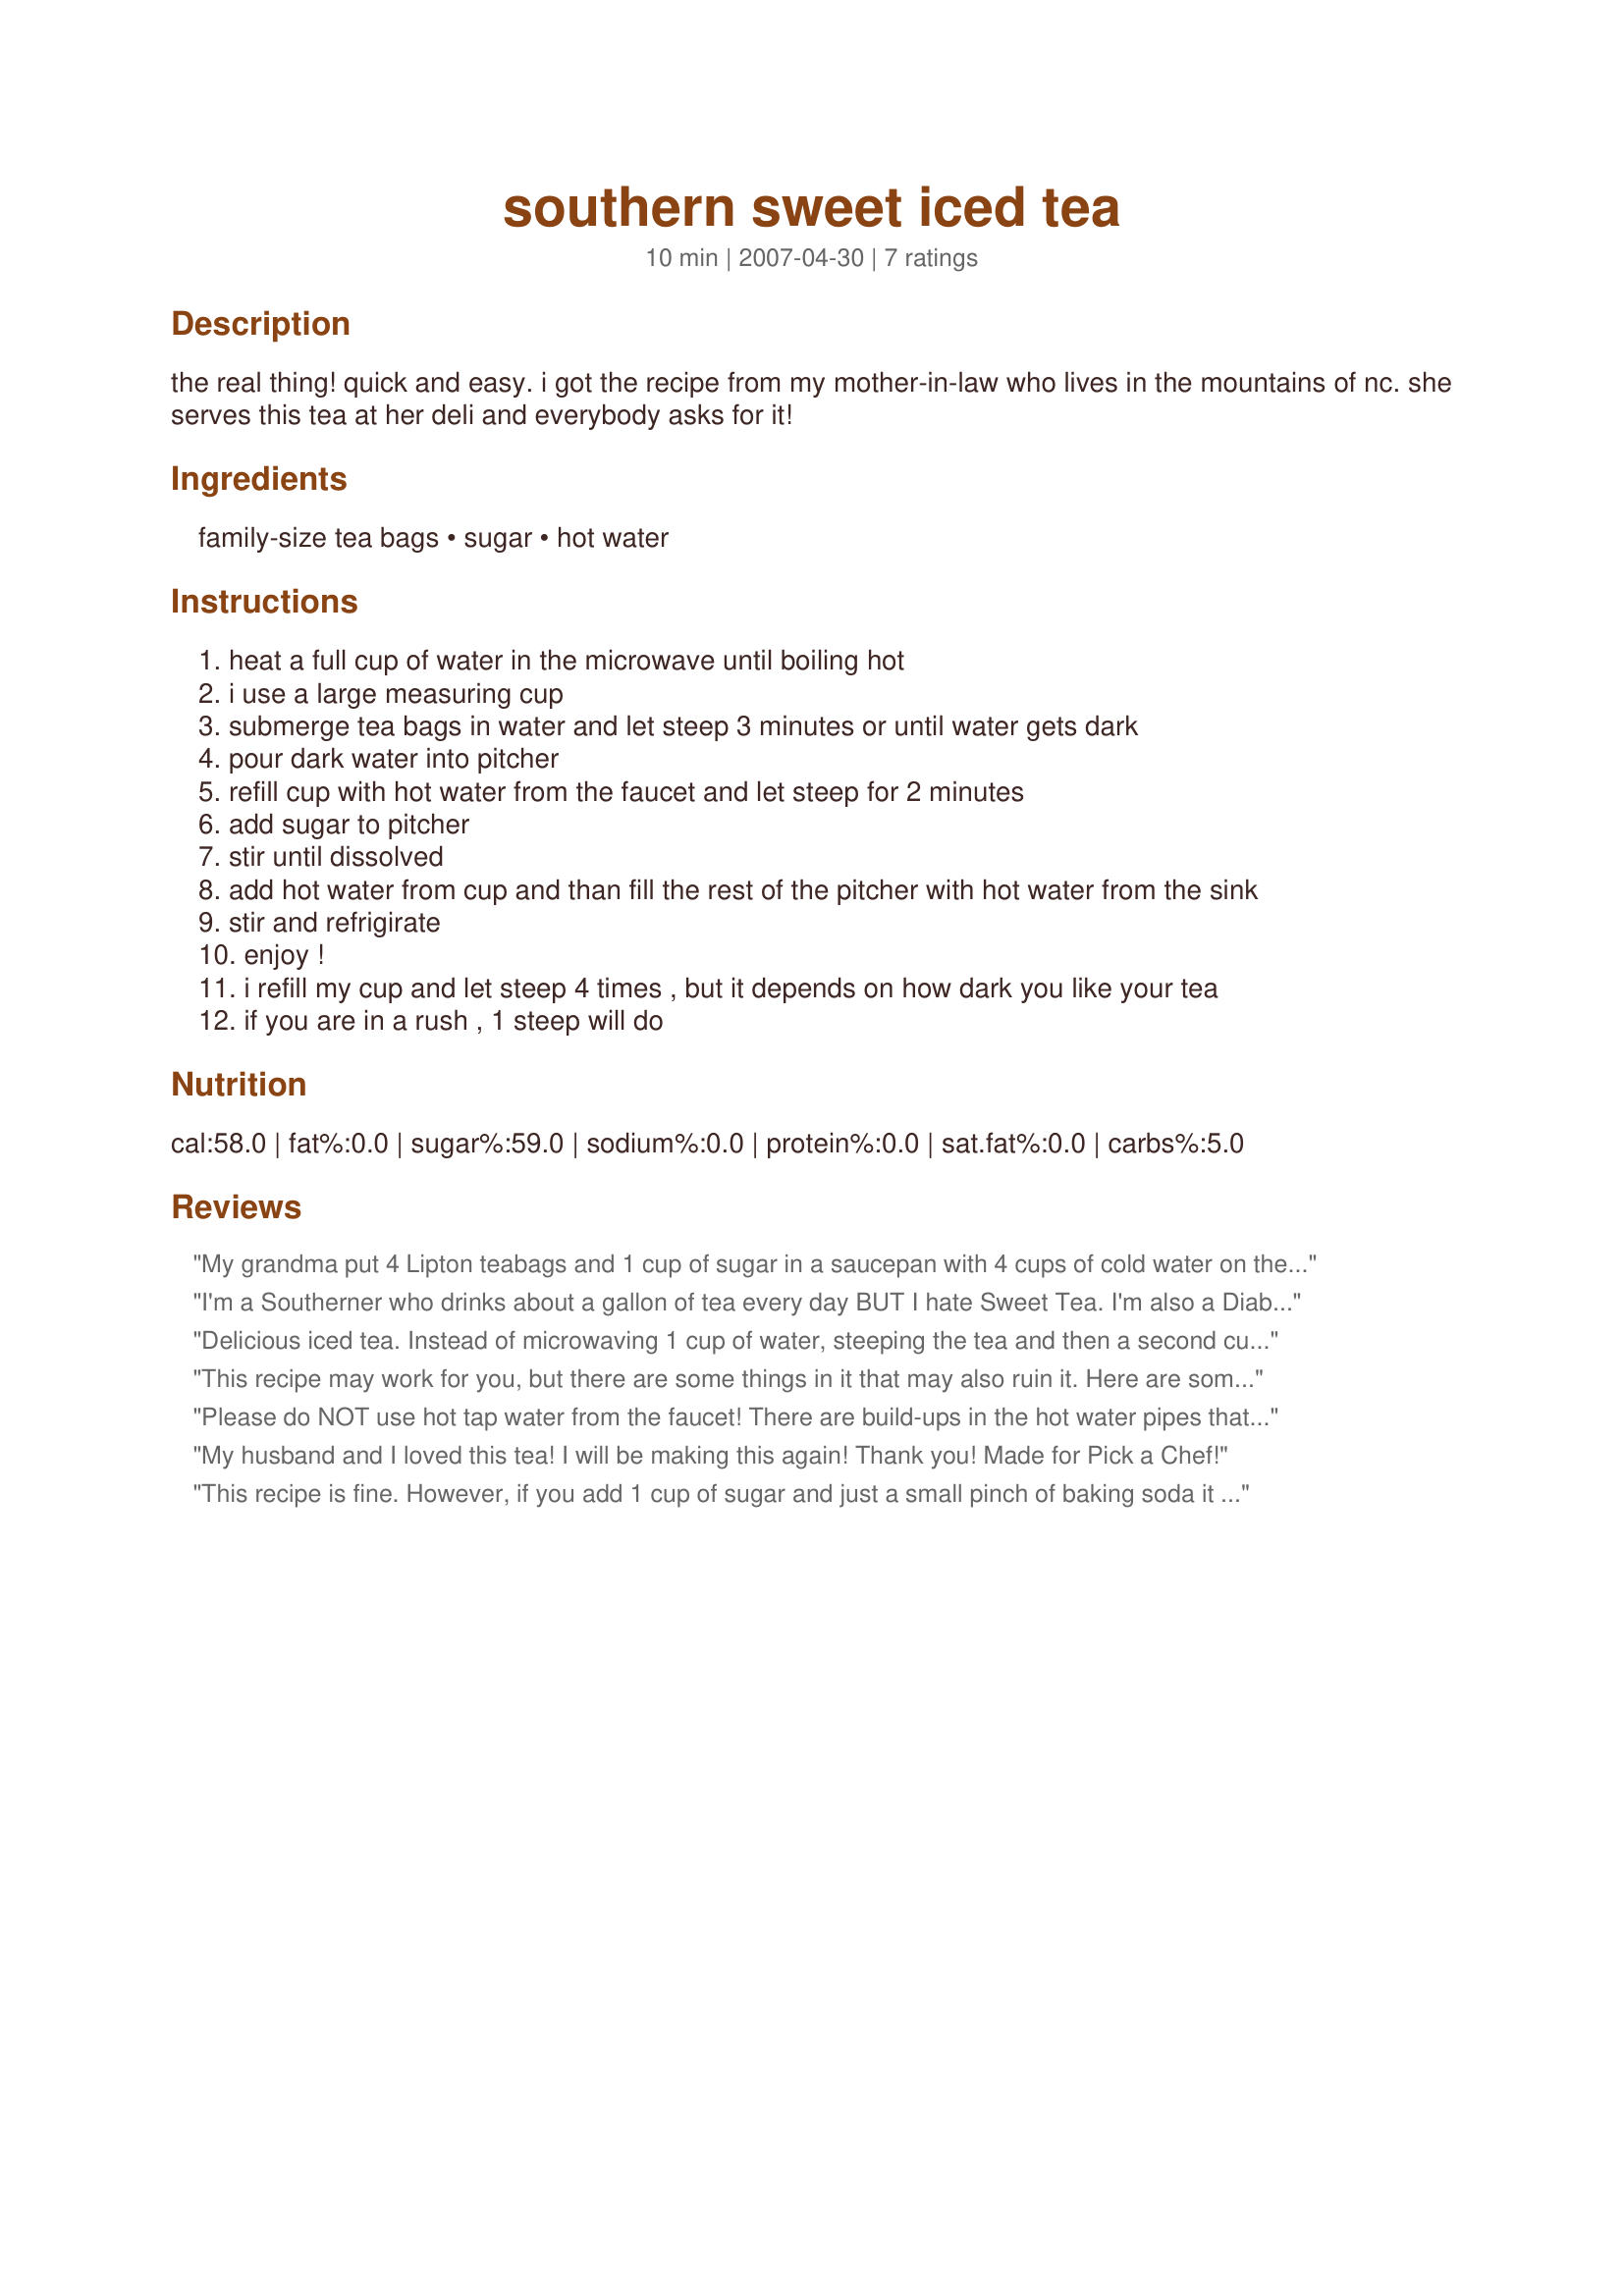
southern sweet iced tea
Preparation time: 10 minutes

the real thing! quick and easy. i got the recipe from my mother-in-law who lives in the mountains of nc. she serves this tea at her deli and everybody asks for it!

Ingredients:
family-size tea bags, sugar, hot water

Steps:
heat a full cup of water in the microwave until boiling hot
i use a large measuring cup
submerge tea bags in water and let steep 3 minutes or until water gets dark
pour dark water into pitcher
refill cup with hot water from the faucet and let steep for 2 minutes
add sugar to pitcher
stir until dissolved
add hot water from cup and than fill the rest of the pitcher with hot water from the sink
stir and refrigirate
enjoy !
i refill my cup and let steep 4 times , but it depends on how dark you like your tea
if you are in a rush , 1 steep will do

Reviews:
My grandma put 4 Lipton teabags and 1 cup of sugar in a saucepan with 4 cups of cold water on the stove to boil. Once it came to an almost boil she stirred it to make sure that the sugar had dissolved, turned off the flame and let the tea sit covered on the stove until it was cool. This made the tea almost inky black. Then she poured the tea into a 3 quart glass pitcher and topped it off with water while mashing the tea bags with a spoon to get all of the extra tea out of them. The tea was put in the icebox to cool further. The glasses were filled with ice cubes and then the tea was poured over them. This is how she made sweet tea.
I'm a Southerner who drinks about a gallon of tea every day BUT I hate Sweet Tea. I'm also a Diabetic. Here is my recipe: 3 Family Size Luzianne Tea Bags 6 cups water 1/4 cup sugar (I like Dominoes in the yellow tub cause it dissolves instantly) Bring the water to a boil and pour over tea bags in a gallon pitcher. Brew for twelve (12) minutes and remove tea bags. Stir in sugar and fill pitcher with cold water. This adds just enough sweetness and removes to the tea.
Delicious iced tea. Instead of microwaving 1 cup of water, steeping the tea and then a second cup of water and steeping again, I microwaved 2 cups at once and then steeped the bags for a total of 10 minutes as I wanted strong tea. The amount of sugar is perfect for us. Made for Spring 2013 Pick A Chef.
This recipe may work for you, but there are some things in it that may also ruin it. Here are some tweaks to make it better- 1. Don't boil the water. If you accidentally do, let it cool just a bit before you add the tea bags. It's best if you can catch it just before boiling. 2. Use a pan on the stove or a 2cup liquid measuring cup in the microwave. A cup will take you all day. Steep for about 5 to 10 minutes the first time and don't steep again. 3. Do not squeeze the bags. 4. 3/4 cup sugar per gallon is not even close to sweet enough for southern sweet tea... Try 1 1/2 to 2 cups instead...
Please do NOT use hot tap water from the faucet! There are build-ups in the hot water pipes that leach into that water and can then leach into your liver, kidneys and other vital organs. Boil some in a large measuring cup in the microwave or fill up a tea kettle, but NEVER use the hot water from your tap to drink or prepare foods.
My husband and I loved this tea! I will be making this again! Thank you! Made for Pick a Chef!
This recipe is fine. However, if you add 1 cup of sugar and just a small pinch of baking soda it will taste much better. And also, never squeeze the tea bags. All you are getting is the tannic acid and it will make your tea taste bitter. That is why most southerners use so much sugar, so it covers up the bitter taste of the tannic acid.
